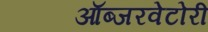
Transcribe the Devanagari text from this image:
ऑब्जरवेटोरी